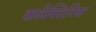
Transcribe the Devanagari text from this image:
कलेक्टिनिया